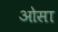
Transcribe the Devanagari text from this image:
ओसा